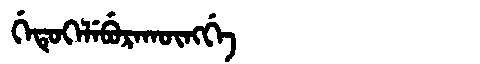
Manchu: ᡤᡝᡨᡠᡴᡝᠯᡝᠪᡠᡵᠠᡴᡡᠩᡤᡝ
Romanization: GETUKELEBURAKŪNGGE